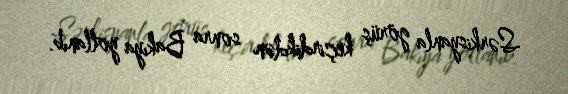
Sərkisyanla görüş keçirdikdən sonra Bakıya yollanıb.